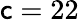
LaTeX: \mathsf{c}=22